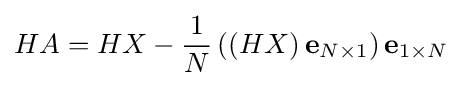
HA=HX-{\frac {1}{N}}\left(\left(HX\right)\mathbf {e} _{N\times 1}\right)\mathbf {e} _{1\times N}